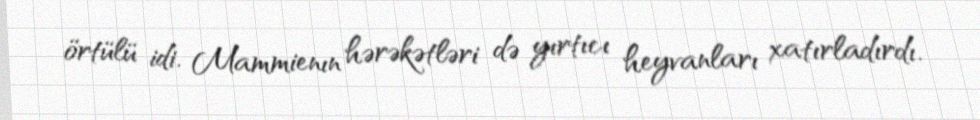
örtülü idi. Mammienın hərəkətləri də yırtıcı heyvanları xatırladırdı.